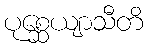
ပုစ္ဆေယျာသီတိ